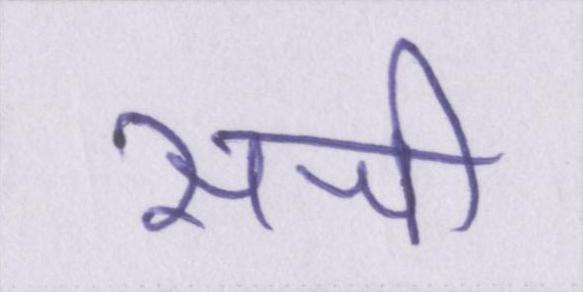
सजी